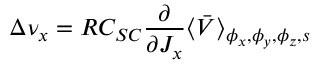
\Delta \nu _ { x } = R C _ { S C } \frac { \partial } { \partial J _ { x } } \langle \bar { V } \rangle _ { \phi _ { x } , \phi _ { y } , \phi _ { z } , s }